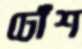
ঢোঁশ